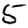
Digit: 5